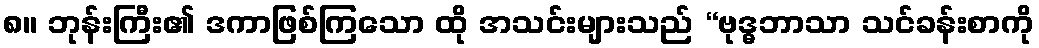
၈။ ဘုန်းကြီး၏ ဒကာဖြစ်ကြသော ထို အသင်းများသည် “ဗုဒ္ဓဘာသာ သင်ခန်းစာကို